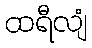
ထရီလျံ